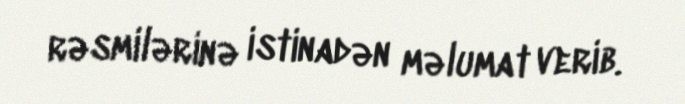
rəsmilərinə istinadən məlumat verib.